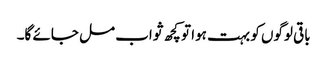
باقی لوگوں کو بہت ہوا تو کچھ ثواب مل جائے گا۔